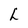
Character: h